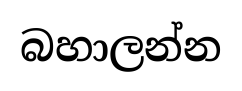
බහාලන්න